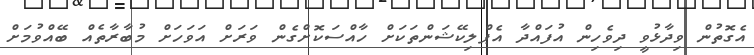
އެގޮތުން ވިދާޅުވީ ދިވެހިން އުފައްދާ އެޕްލިކޭޝަންތަކަށް ހާއްސަކޮށްގެން ވަރަށް އަވަހަށް މުބާރާތެއް ބޭއްވުމަށް